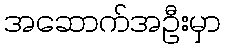
အဆောက်အဦးမှာ